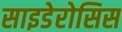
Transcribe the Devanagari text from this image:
साइडेरोसिस